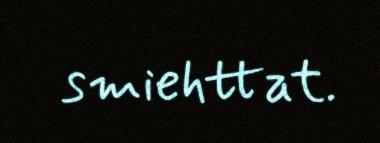
smiehttat.